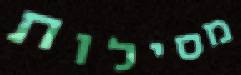
מסילות